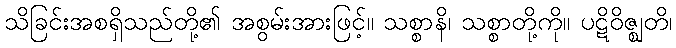
သိခြင်းအစရှိသည်တို့၏ အစွမ်းအားဖြင့်။ သစ္စာနိ၊ သစ္စာတို့ကို။ ပဋိဝိဇ္ဈတိ၊